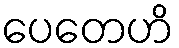
ပေတေဟိ